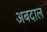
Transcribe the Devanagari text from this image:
अबदाल